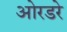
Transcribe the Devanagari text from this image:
ओरडरे